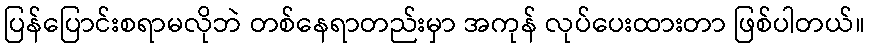
ပြန်ပြောင်းစရာမလိုဘဲ တစ်နေရာတည်းမှာ အကုန် လုပ်ပေးထားတာ ဖြစ်ပါတယ်။